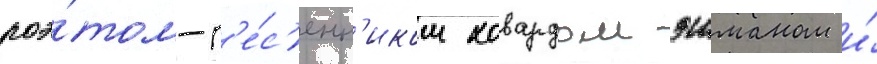
поэ́том-п'е́с'енн'иком ховардом эшманом и́